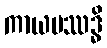
ကာယပဿဒ္ဓိ